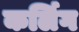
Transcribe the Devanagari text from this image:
कर्लिग